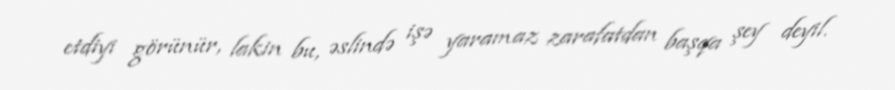
etdiyi görünür, lakin bu, əslində işə yaramaz zarafatdan başqa şey deyil.